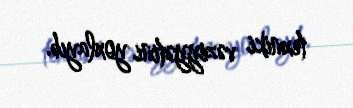
texniki vəziyyətini yoxlayıb.